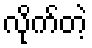
လိုက်တဲ့